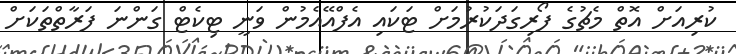
ކުރިއަށް އޮތް މެޗުގެ ފޯރިގަދަކުރުމަށް ޓަކައި އެފްއޭއެމުން ވަނީ ޓިކެޓް ގަންނަ ފަރާތްތަކަށް